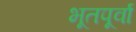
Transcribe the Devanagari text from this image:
भूतपूर्वा